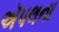
ઍપલના